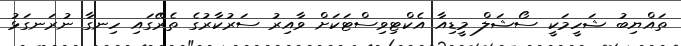
ތައްޔިބު ޝަހީމަކީ ސޯޝަލް މީޑިއާ އެކްޓިވިސްޓަކަށް ވާއިރު ސަރުކާރުގެ ތެރޭގައި ހިނގާ ނުރަނގަޅު